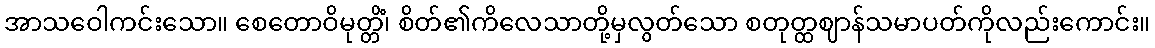
အာသဝေါကင်းသော။ စေတောဝိမုတ္တိံ၊ စိတ်၏ကိလေသာတို့မှလွတ်သော စတုတ္ထဈာန်သမာပတ်ကိုလည်းကောင်း။